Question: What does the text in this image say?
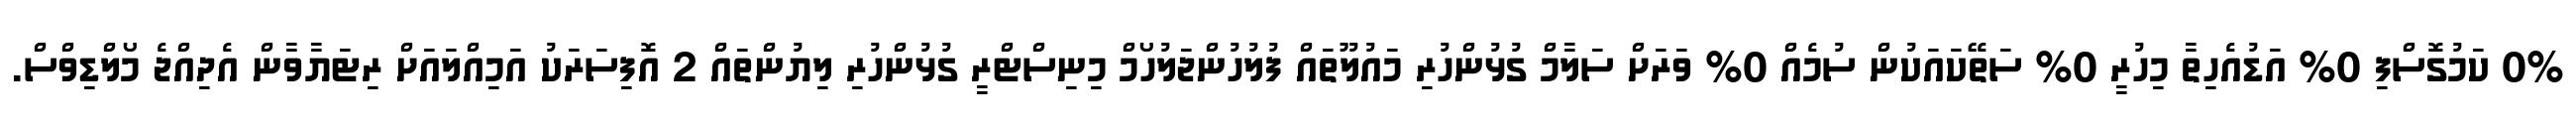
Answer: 0% ކަމުގޮސްފި 0% އަޑުއެހިތާ މިހުރީ 0% ސަތޭކައަކުން ސުމެއް 0% ވަރަށް ސަލާމް ގުޅުންހުރި މައުލޫތައް ފުލުހުންޖަލުހޯމް މިނިސްޓްރީ ގުޅުންހުރި ލިޔުންތައް 2 އޮފިސަރަކު އަމިއްލައަށް ރިޓަޔާވާން އެދިއްޖެ މޯލްޑިވްސް.